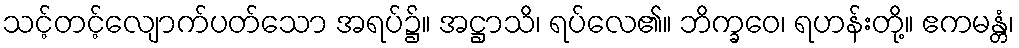
သင့်တင့်လျောက်ပတ်သော အရပ်၌။ အဋ္ဌာသိ၊ ရပ်လေ၏။ ဘိက္ခဝေ၊ ရဟန်းတို့။ ဧကမန္တံ၊